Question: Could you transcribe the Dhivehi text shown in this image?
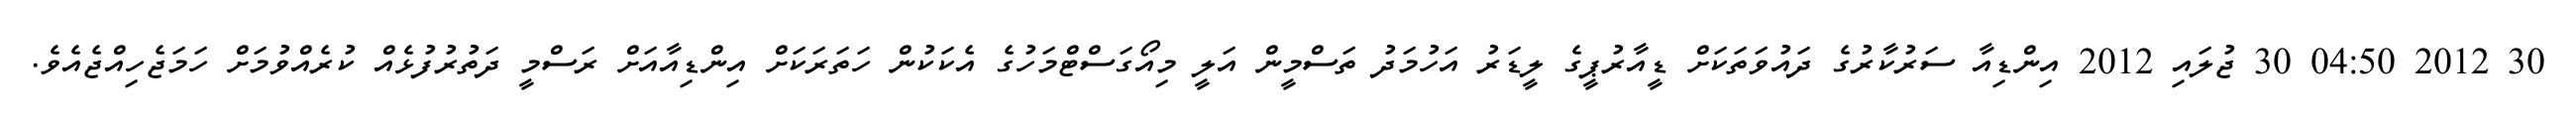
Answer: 30 2012 04:50 30 ޖުލައި 2012 އިންޑިއާ ސަރުކާރުގެ ދައުވަތަކަށް ޑީއާރުޕީގެ ލީޑަރު އަހުމަދު ތަސްމީން އަލީ މިއޯގަސްޓްމަހުގެ އެކަކުން ހަތަރަކަށް އިންޑިއާއަށް ރަސްމީ ދަތުރުފުޅެއް ކުރެއްވުމަށް ހަމަޖެހިއްޖެއެވެ.